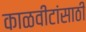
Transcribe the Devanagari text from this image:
काळवीटांसाठी